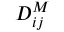
D _ { i j } ^ { M }